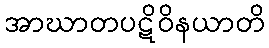
အာဃာတပဋိဝိနယာတိ